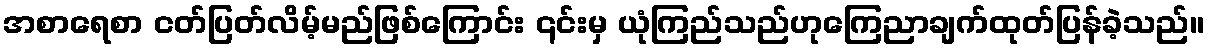
အစာရေစာ ငတ်ပြတ်လိမ့်မည်ဖြစ်ကြောင်း ၎င်းမှ ယုံကြည်သည်ဟုကြေညာချက်ထုတ်ပြန်ခဲ့သည်။